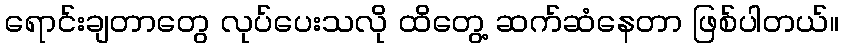
ရောင်းချတာတွေ လုပ်ပေးသလို ထိတွေ့ ဆက်ဆံနေတာ ဖြစ်ပါတယ်။